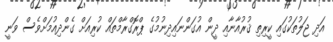
އަދި ޖަލުތަކުގައި ކީރިތި ޤުރުއާނާއި ދީން އުގަންނައިދިނުމުގެ ޕްރޮގްރާމްތައް ކުރިއަށް ގެންދިއުމަށްވެސް ވަނީ